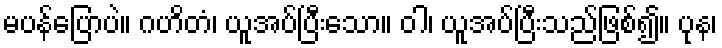
မပန်ပြောပဲ။ ဂဟိတံ၊ ယူအပ်ပြီးသော။ ဝါ၊ ယူအပ်ပြီးသည်ဖြစ်၍။ ပုန၊